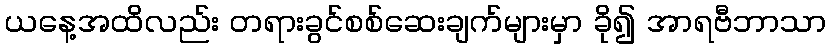
ယနေ့အထိလည်း တရားခွင်စစ်ဆေးချက်များမှာ ခို၍ အာရဗီဘာသာ